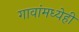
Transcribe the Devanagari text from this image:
गावांमध्येही